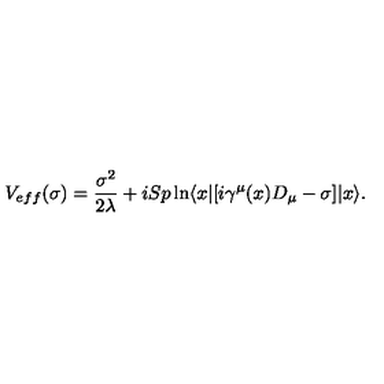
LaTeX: V _ { e f f } ( \sigma ) = { \frac { \sigma ^ { 2 } } { 2 \lambda } } + i S p \ln \langle x | [ i \gamma ^ { \mu } ( x ) D _ { \mu } - \sigma ] | x \rangle .